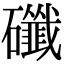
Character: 䃸